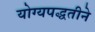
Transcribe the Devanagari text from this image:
योग्यपद्धतीने